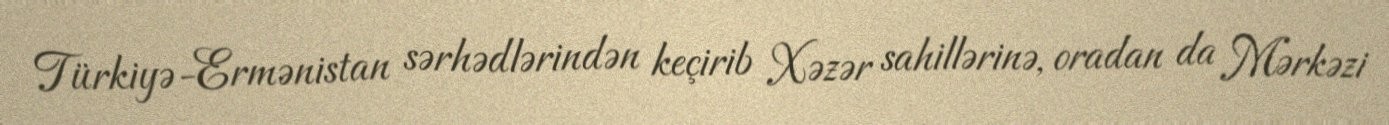
Türkiyə-Ermənistan sərhədlərindən keçirib Xəzər sahillərinə, oradan da Mərkəzi